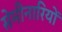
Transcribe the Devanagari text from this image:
सेमीनारियों